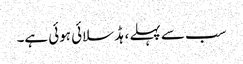
سب سے پہلے ، ہڈ سلائی ہوئی ہے۔